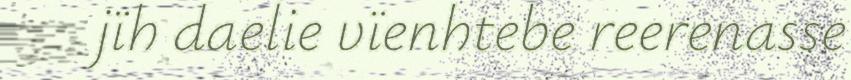
jïh daelie vïenhtebe reerenasse